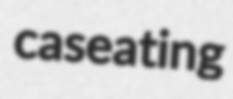
caseating